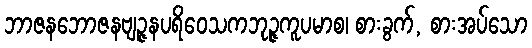
ဘာဇနဘောဇနဗျဉ္ဇနပရိဝေသကဘုဉ္ဇကူပမာစ၊ စားခွက်, စားအပ်သော